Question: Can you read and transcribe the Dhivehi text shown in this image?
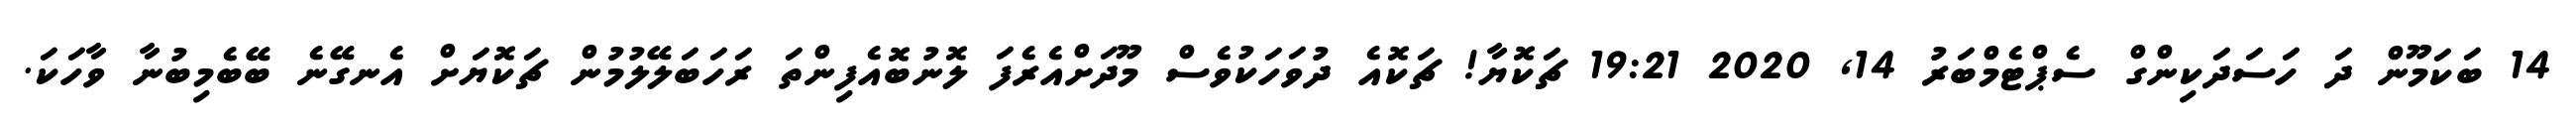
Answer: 14 ބަކަމޫން ދަ ހަސަދަކިންގް ސެޕްޓެމްބަރު 14, 2020 19:21 ޗަކޮޔާ! ޗަކޮއެ ދުވަހަކުވެސް މޫދަށްއެރެފަ ލޮނުބޮއެފިންތަ ރަހަބަލޭލުމުން ޗަކޮޔަށް އެނގޭނެ ބޭބެމިބުނާ ވާހަކަ.